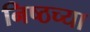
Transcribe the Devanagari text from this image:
निष्ठच्या